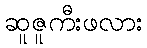
ဆူဇူကီးဖလား